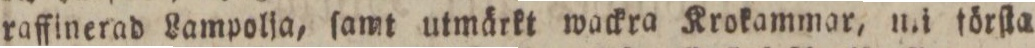
raffinerad Lampolja, ſamt utmärkt wackra Krokammar, nit förſta